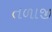
તળાજી